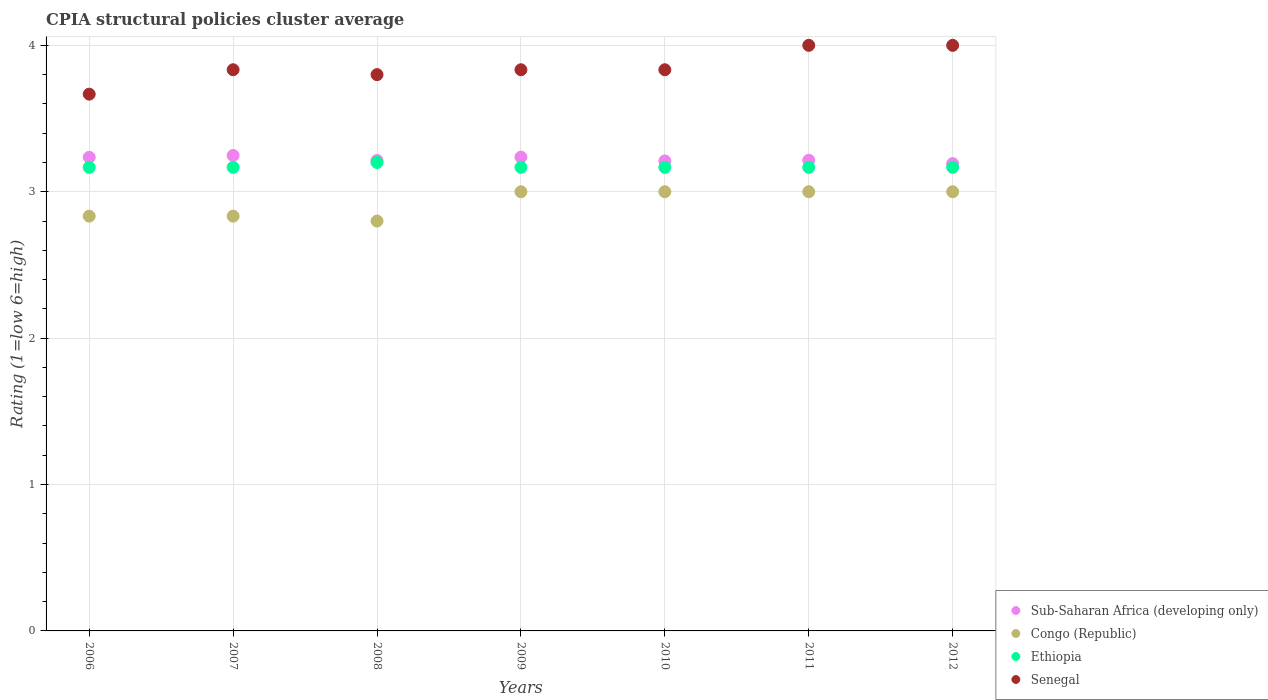
| Years | Sub-Saharan Africa (developing only) | Congo (Republic) | Ethiopia | Senegal |
 | --- | --- | --- | --- | --- |
 | 2006 | 3.24 | 2.83 | 3.17 | 3.67 |
 | 2007 | 3.25 | 2.83 | 3.17 | 3.83 |
 | 2008 | 3.21 | 2.8 | 3.2 | 3.8 |
 | 2009 | 3.24 | 3 | 3.17 | 3.83 |
 | 2010 | 3.21 | 3 | 3.17 | 3.83 |
 | 2011 | 3.21 | 3 | 3.17 | 4 |
 | 2012 | 3.19 | 3 | 3.17 | 4 |